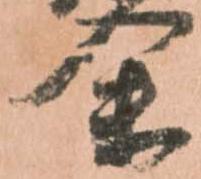
余